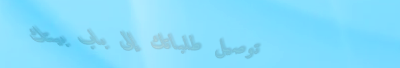
توصيل طلباتك إلى باب بيتك